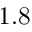
1 . 8